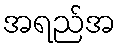
အရည်အ